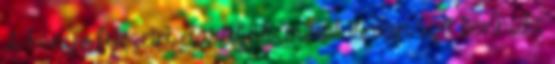
A könyv fejezetei elárulják, miről is van szó bennük: